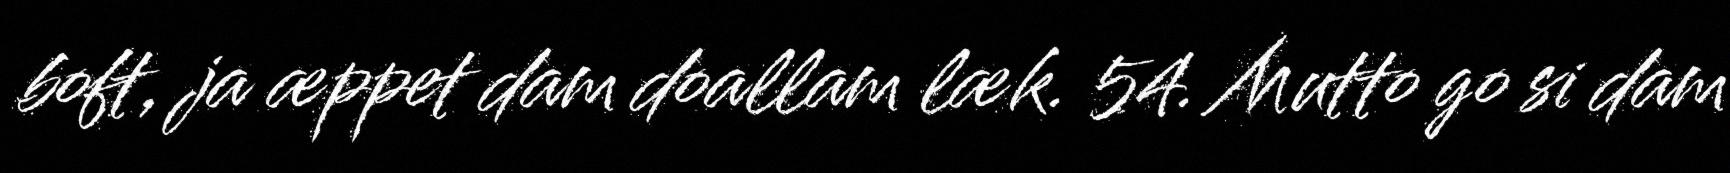
boft, ja æppet dam doallam læk. 54. Mutto go si dam